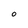
Character: O